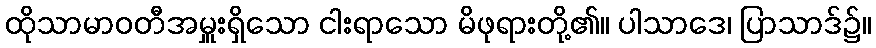
ထိုသာမာဝတီအမှူးရှိသော ငါးရာသော မိဖုရားတို့၏။ ပါသာဒေ၊ ပြာသာဒ်၌။